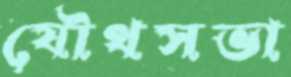
যৌথসভা